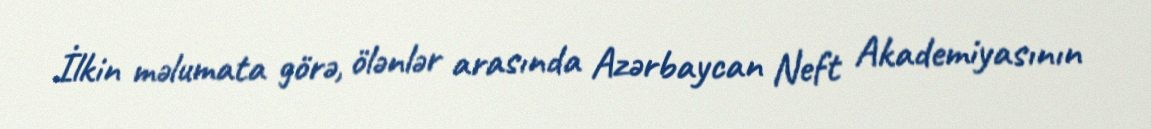
İlkin məlumata görə, ölənlər arasında Azərbaycan Neft Akademiyasının